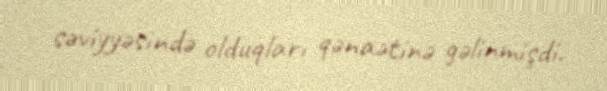
səviyyəsində olduqları qənaətinə gəlinmişdi.